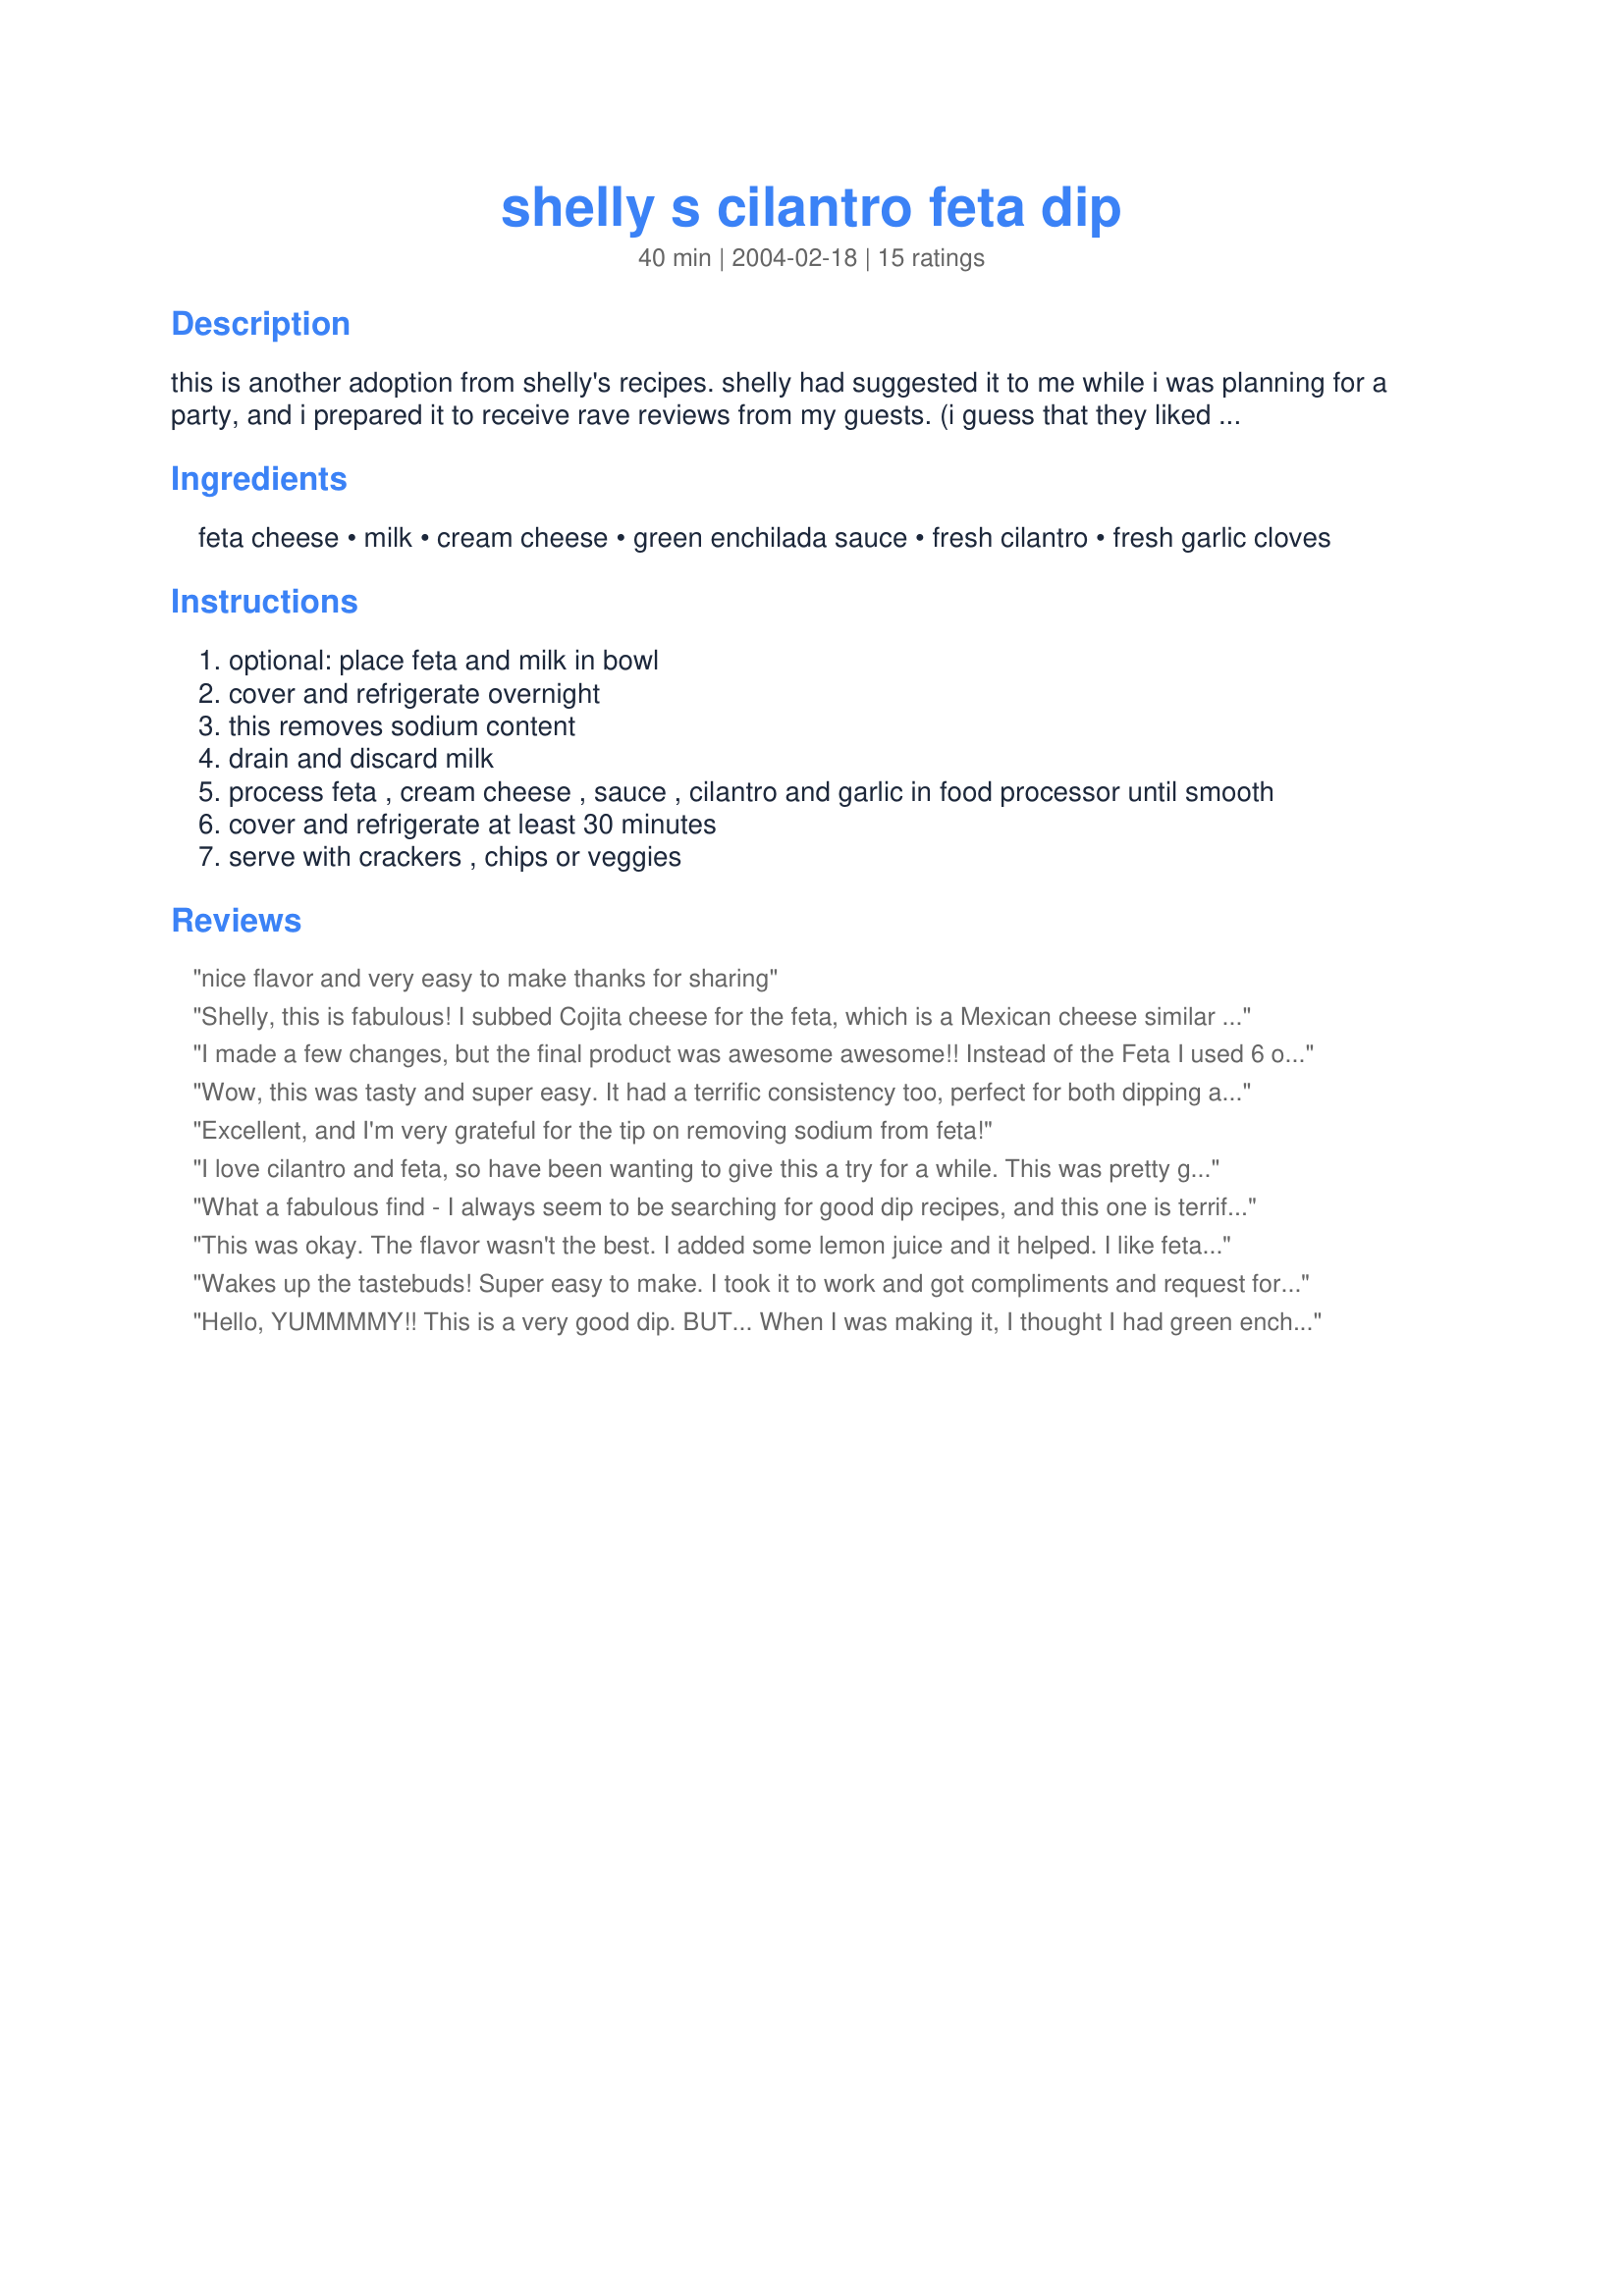
shelly s cilantro feta dip
Preparation time: 40 minutes

this is another adoption from shelly's recipes. shelly had suggested it to me while i was planning for a party, and i prepared it to receive rave reviews from my guests. (i guess that they liked cilantro and feta. lol) the immeasurably cute shelly's comments from the time of posting are as follows: from southern living. i made this once for a co-worker's birthday only to find out later she hates cilantro and feta! oops! if you like those ingredients, you'll like this simple dip. did not include optional soaking of feta in milk in prep or cook time. cook time is the chilling time.

Ingredients:
feta cheese, milk, cream cheese, green enchilada sauce, fresh cilantro, fresh garlic cloves

Steps:
optional: place feta and milk in bowl
cover and refrigerate overnight
this removes sodium content
drain and discard milk
process feta , cream cheese , sauce , cilantro and garlic in food processor until smooth
cover and refrigerate at least 30 minutes
serve with crackers , chips or veggies

Reviews:
nice flavor and very easy to make thanks for sharing
Shelly, this is fabulous! I subbed Cojita cheese for the feta, which is a Mexican cheese similar in texture but not as tangy, or salty, so I did not soak overnight. I also added a squeeze of lime. We served it at a party, and it got rave reviews. Thanks for sharing the recipe.
I made a few changes, but the final product was awesome awesome!! Instead of the Feta I used 6 oz. of Monterrey Jack cheese, and I increased the cilantro to 1/2c. total. It was excellent with Triscuits!
Thanks!!
Wow, this was tasty and super easy. It had a terrific consistency too, perfect for both dipping and scooping. I did not soak the feta, but otherwise wouldn't change a thing.
Excellent, and I'm very grateful for the tip on removing sodium from feta!
I love cilantro and feta, so have been wanting to give this a try for a while. This was pretty good...definitely different! I love the tip on removing sodium from feta, never knew that... I will definitely make again. Beware, it makes quite a bit, but is definitely good. I served with tortilla chips and mixed seed crisp bread. After tasting, think it would be great as a vegetable dip!
What a fabulous find - I always seem to be searching for good dip recipes, and this one is terrific! I did not do the milk step, so it was extremely easy to throw together. Next time I will chop the cilantro a little more coarsely so that even more wonderful cilantro flavor will come through. A definite keeper!
This was okay. The flavor wasn't the best. I added some lemon juice and it helped. I like feta and cilantro, but maybe the feta was a little overpowering. I might try it next time using two blocks of just cream cheese and leave out the feta. Also, I could only find a 10 oz can of green enchilada sauce, so I just left some in the can.
Wakes up the tastebuds! Super easy to make. I took it to work and got compliments and request for the recipe from all!
Hello,
YUMMMMY!! This is a very good dip. BUT... When I was making it, I thought I had green enchhilada sauce in the pantry. I was in the middle of making it, and guess what!??!!?? No enchilida sauce! So I was thinking I did not want to go to town, it is 15 minutes away. So, I saw a jar of Marinated artichoke hearts. I used that instead.I blended it in the food processor till smooth. And what came out was EXCELLENT!! It is in the frige cooling, but I had some just before I put it in , and I want more! It was very very good. This is a keeper, plus I will try it with the enchilida suace too. ( I did not soak the feta cheese in the milk at all) I just went to step 5. Thank you very much for this recipe!

I love the fresh taste of this -- we serve it with toasted pita chips and carrots for dipping. Makes a wonderful starter for a casual dinner party. Thank you for adopting the recipe, ms. bold, and thanks to Shelly for posting.
Very, very tasty! Easy to boot! My DH kept saying how different and delicious it was. It does kinda have a "hummus" type aura around it but it is very different than hummus. We used tortilla chips for dippers but imagine pita chips, veggies, or baguette slices would be very good too.
Good Recipe...
This is a cool list of ingredients that I would of never thought of combining...my next thought is could this be a great sauce over pasta??? Thanks so much for the recipe
Would you believe I didn't have any green enchilada sauce either? Actually, I knew that before embarking upon this recipe, but I thought I'd try it with a roasted garlic salsa instead because the remaining ingredients sounded so good. What a lovely surprise! I like a thicker dip somewhat like hummous, so I went with about 4 tablespoons of the salsa, but I halved the rest of the recipe since it was just a snack for my husband and myself. I also didn't soak the feta in milk because I love the cheese's saltiness. Served with Hey Jude's Mixed Seed Crisp Bread Recipe #82207, we were in HEAVEN, thank you!
I never would have thought of this combination of ingredients, but it's wonderful! The first time I made it, the copy of the recipe that printed out didn't show the can size for the enchilada sauce, for some reason, and I didn't have access to a computer to ask the chef. I had only ever seen the sauce in 15 oz cans so I used that. It had a bit more zing than the recipe as written (and made a LOT more dip, lol) but was good that way...would be great in/over nouveau enchiladas, actually! When I checked the recipe again later online, I saw the 8 oz listing for the sauce and tried it that way as well. Both ways are good, though the smaller amount was better for the dip. It was a big hit at the party, both for its novelty and its flavor. People also liked the idea of perhaps adding a few chiles to spice it up. I served it with tortilla chips, ruffle chips, grape tomatoes, green onions, celery, and baby carrots for dippers. The host said a spoon would be fine for him. ;o) Thanks for expanding my culinary horizons, Shelly, and giving me a new, unique, and very easy recipe to take to parties (especially living with Greeks here in TX...it was perfect! ;o)
